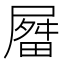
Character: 𫵤